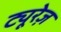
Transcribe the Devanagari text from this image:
ट्यूरेज़